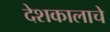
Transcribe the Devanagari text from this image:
देशकालाचे